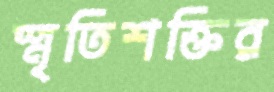
স্মৃতিশক্তির